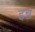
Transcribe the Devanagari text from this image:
इन्ज